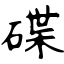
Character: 碟